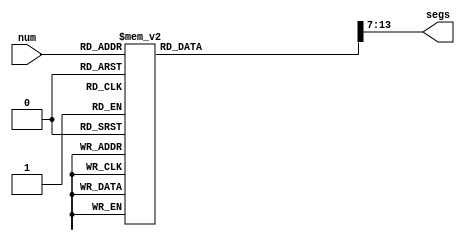
module hex2seg(
   
    input [3:0] num,

    output reg [6:0] segs
    /*
    output reg AN0,
    output reg AN1,
    output reg AN2,
    output reg AN3,
    output reg dp*/
    );
    
    reg segA;
    reg segB;
    reg segC;
    reg segD;
    reg segE;
    reg segF;
    reg segG;


    
     always @(num)
    begin
    //AN0 = 0; AN1 = 1; AN2 = 1; AN3 = 1; dp = 1;
    segA=1'b0; segB=1'b0; segC=1'b0; segD=1'b0; segE=1'b0; segF=1'b0; segG=1'b0;
    segs[0] = segA; segs[1] = segB; segs[2] = segC; segs[3] = segD; segs[4] = segE; segs[5] = segF; segs[6] = segG;
    /* 7 Seg Display
        A
       F B
        G
       E C
        D
    */
    
        case({num[3], num[2], num[1], num[0]})
        3'b0000 : begin //0
        segA=1'b0; segB=1'b0; segC=1'b0; segD=1'b0; segE=1'b0; segF=1'b0; segG=1'b1;
        segs[0] = segA; segs[1] = segB; segs[2] = segC; segs[3] = segD; segs[4] = segE; segs[5] = segF; segs[6] = segG;
            end
        3'b0001 : begin //1
        segA=1'b1; segB=1'b0; segC=1'b0; segD=1'b1; segE=1'b1; segF=1'b1; segG=1'b1;
        segs[0] = segA; segs[1] = segB; segs[2] = segC; segs[3] = segD; segs[4] = segE; segs[5] = segF; segs[6] = segG;
            end
        3'b0010 : begin //2
        segA=1'b0; segB=1'b0; segC=1'b1; segD=1'b0; segE=1'b0; segF=1'b1; segG=1'b0;
        segs[0] = segA; segs[1] = segB; segs[2] = segC; segs[3] = segD; segs[4] = segE; segs[5] = segF; segs[6] = segG;       
            end
        3'b0011 : begin //3
        segA=1'b0; segB=1'b0; segC=1'b0; segD=1'b0; segE=1'b1; segF=1'b1; segG=1'b0;
        segs[0] = segA; segs[1] = segB; segs[2] = segC; segs[3] = segD; segs[4] = segE; segs[5] = segF; segs[6] = segG;           
            end
        3'b0100 : begin //4
        segA=1'b1; segB=1'b0; segC=1'b0; segD=1'b1; segE=1'b1; segF=1'b0; segG=1'b0;      
        segs[0] = segA; segs[1] = segB; segs[2] = segC; segs[3] = segD; segs[4] = segE; segs[5] = segF; segs[6] = segG;  
            end
        3'b0101 : begin //5
        segA=1'b0; segB=1'b1; segC=1'b0; segD=1'b0; segE=1'b1; segF=1'b0; segG=1'b0;       
        segs[0] = segA; segs[1] = segB; segs[2] = segC; segs[3] = segD; segs[4] = segE; segs[5] = segF; segs[6] = segG; 
            end
        3'b0110 : begin //6
        segA=1'b0; segB=1'b1; segC=1'b0; segD=1'b0; segE=1'b0; segF=1'b0; segG=1'b0;   
        segs[0] = segA; segs[1] = segB; segs[2] = segC; segs[3] = segD; segs[4] = segE; segs[5] = segF; segs[6] = segG;     
            end
            
        3'b0111 : begin //7
        segA=1'b0; segB=1'b0; segC=1'b0; segD=1'b1; segE=1'b1; segF=1'b1; segG=1'b1;     
        segs[0] = segA; segs[1] = segB; segs[2] = segC; segs[3] = segD; segs[4] = segE; segs[5] = segF; segs[6] = segG;   
            end   
            
        4'b1000 : begin //8
            segA=1'b0; segB=1'b0; segC=1'b0; segD=1'b0; segE=1'b0; segF=1'b0; segG=1'b0;   
            segs[0] = segA; segs[1] = segB; segs[2] = segC; segs[3] = segD; segs[4] = segE; segs[5] = segF; segs[6] = segG;     
                end  
                
        4'b1001 : begin //9
                segA=1'b0; segB=1'b0; segC=1'b0; segD=1'b1; segE=1'b1; segF=1'b0; segG=1'b0;    
                segs[0] = segA; segs[1] = segB; segs[2] = segC; segs[3] = segD; segs[4] = segE; segs[5] = segF; segs[6] = segG;    
                    end  
                    
        4'b1010 : begin // A
                segA=1'b0; segB=1'b0; segC=1'b0; segD=1'b1; segE=1'b0; segF=1'b0; segG=1'b0;    
                segs[0] = segA; segs[1] = segB; segs[2] = segC; segs[3] = segD; segs[4] = segE; segs[5] = segF; segs[6] = segG;    
                        end    
        4'b1011 : begin // B
                segA=1'b1; segB=1'b1; segC=1'b0; segD=1'b0; segE=1'b0; segF=1'b0; segG=1'b0;     
                segs[0] = segA; segs[1] = segB; segs[2] = segC; segs[3] = segD; segs[4] = segE; segs[5] = segF; segs[6] = segG;   
                        end
        4'b1100 : begin // C
                segA=1'b0; segB=1'b1; segC=1'b1; segD=1'b0; segE=1'b0; segF=1'b0; segG=1'b1;  
                segs[0] = segA; segs[1] = segB; segs[2] = segC; segs[3] = segD; segs[4] = segE; segs[5] = segF; segs[6] = segG;      
                        end 
        4'b1101 : begin // D
                segA=1'b1; segB=1'b0; segC=1'b0; segD=1'b0; segE=1'b0; segF=1'b1; segG=1'b0;   
                segs[0] = segA; segs[1] = segB; segs[2] = segC; segs[3] = segD; segs[4] = segE; segs[5] = segF; segs[6] = segG;     
                        end 
        4'b1110 : begin // E
                segA=1'b0; segB=1'b1; segC=1'b1; segD=1'b0; segE=1'b0; segF=1'b0; segG=1'b0;    
                segs[0] = segA; segs[1] = segB; segs[2] = segC; segs[3] = segD; segs[4] = segE; segs[5] = segF; segs[6] = segG;    
                 end    
       4'b1111 : begin // F
                segA=1'b0; segB=1'b1; segC=1'b1; segD=1'b1; segE=1'b0; segF=1'b0; segG=1'b0; 
                segs[0] = segA; segs[1] = segB; segs[2] = segC; segs[3] = segD; segs[4] = segE; segs[5] = segF; segs[6] = segG;       
                 end      
        endcase
    
        end          
        
                    
        
    

   
endmodule